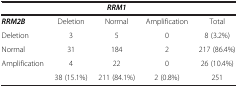
<table><thead><tr><td><b> </b></td><td><b> </b></td><td><b><i>RRM1</i></b></td><td><b> </b></td><td><b> </b></td></tr></thead><tbody><tr><td><b><i>RRM2B</i></b></td><td>Deletion</td><td>Normal</td><td>Amplification</td><td>Total</td></tr><tr><td>Deletion</td><td>3</td><td>5</td><td>0</td><td>8 (3.2%)</td></tr><tr><td>Normal</td><td>31</td><td>184</td><td>2</td><td>217 (86.4%)</td></tr><tr><td>Amplification</td><td>4</td><td>22</td><td>0</td><td>26 (10.4%)</td></tr><tr><td> </td><td>38 (15.1%)</td><td>211 (84.1%)</td><td>2 (0.8%)</td><td>251</td></tr></tbody></table>